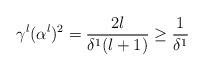
LaTeX: \begin{align*}\gamma^l (\alpha^l)^2 = \frac{2l}{\delta^1 (l+1)} \ge \frac{1}{\delta^1}\end{align*}